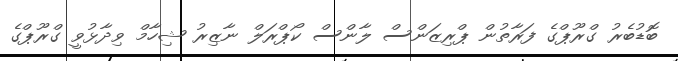
ބޮޑުބެރު ގްރޫޕްގެ ފަރާތުން ޕްރިޒަންސް ލާންސް ކޯޕްރަލް ނާޒިރު ޝިހާމް ވިދާޅުވީ ގްރޫޕްގެ